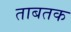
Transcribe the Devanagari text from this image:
ताबतक